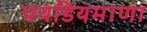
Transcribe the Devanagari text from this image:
पयडियमाणा